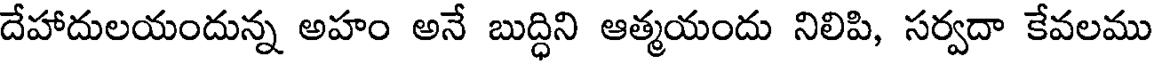
దేహాదులయందున్న అహం అనే బుద్ధిని ఆత్మయందు నిలిపి, సర్వదా కేవలము